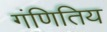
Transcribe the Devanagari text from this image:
गंणितिय